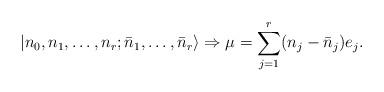
LaTeX: \begin{align*}|n_0,n_1,\ldots,n_r;\bar{n}_1,\ldots,\bar{n}_r\rangle \Rightarrow \mu=\sum_{j=1}^r(n_j-\bar{n}_j)e_j. \end{align*}